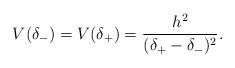
LaTeX: \begin{align*} V ( \delta_{-} ) = V ( \delta_{+} ) = \frac{h^{2}}{( \delta_{+} - \delta_{-} )^{2}} .\end{align*}